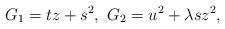
LaTeX: \begin{align*}G_1 = t z + s^2, \ G_2 = u^2 + \lambda s z^2,\end{align*}